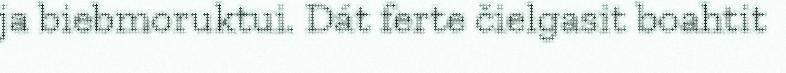
ja biebmoruktui. Dát ferte čielgasit boahtit